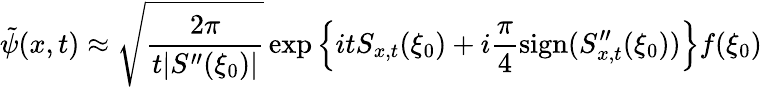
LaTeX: \tilde{\psi}(x,t)\approx\sqrt{\frac{2\pi}{t|S^{\prime\prime}(\xi_{0})|}}\exp\Big\{ itS_{x,t}(\xi_{0})+i\frac{\pi}{4}\operatorname{sign}(S_{x,t}^{\prime\prime}(\xi_{0}))\Big\} f(\xi_{0})